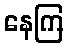
နေကြ